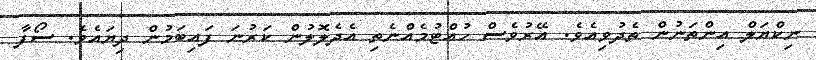
ނިކްޔަލް އިންތަނުން ތެދުވިއެވެ. އޭރުވެސް ހުއްޓުމެއްނެތި އެދެލޮލުން ކަރުނަ ފައިބަމުން ދިޔައެވެ. ސޯފާ